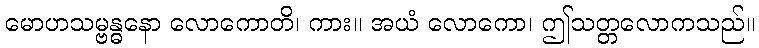
မောဟသမ္ဗန္ဓနော လောကောတိ၊ ကား။ အယံ လောကော၊ ဤသတ္တလောကသည်။